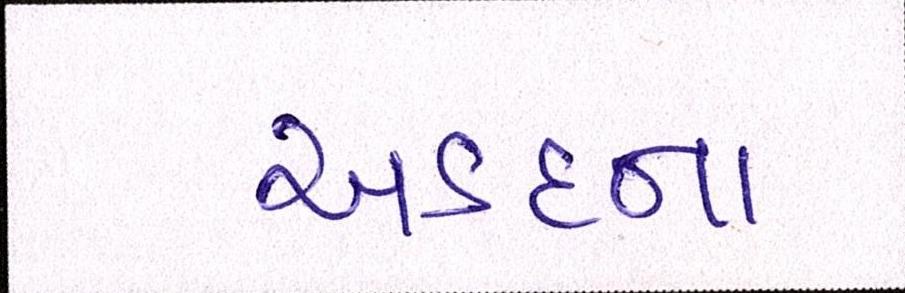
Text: અડદના